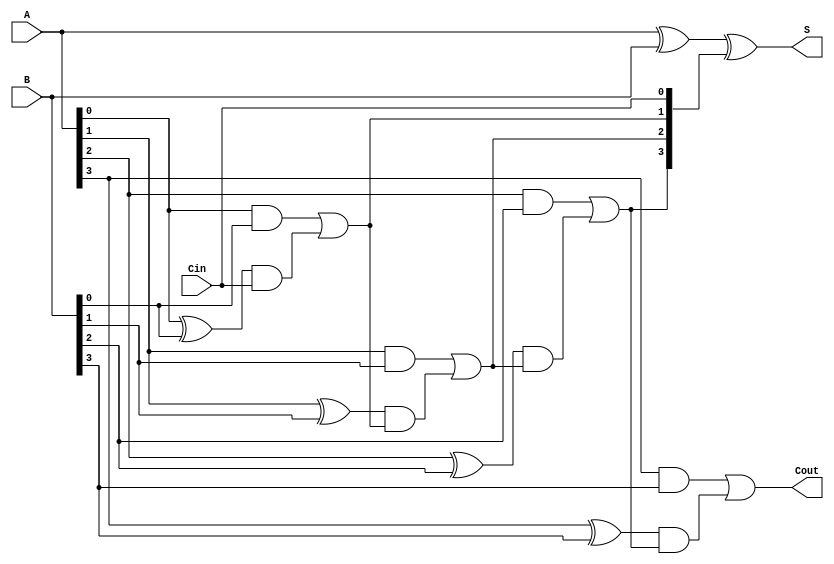
// Code your design here
module CarryLookAheadAdder(
  input [3:0]A, B, 
  input Cin,
  output [3:0] S,
  output Cout
);
  wire [3:0] Ci; 
  
  assign Ci[0] = Cin;
  
  assign Ci[1] = (A[0] & B[0]) | ((A[0]^B[0]) & Ci[0]);
  
  assign Ci[2] = (A[1] & B[1]) | ((A[1]^B[1]) & ((A[0] & B[0]) | ((A[0]^B[0]) & Ci[0])));
  
  assign Ci[3] = (A[2] & B[2]) | ((A[2]^B[2]) & ((A[1] & B[1]) | ((A[1]^B[1]) & ((A[0] & B[0]) | ((A[0]^B[0]) & Ci[0])))));
 
  assign Cout  = (A[3] & B[3]) | ((A[3]^B[3]) & ((A[2] & B[2]) | ((A[2]^B[2]) & ((A[1] & B[1]) | ((A[1]^B[1]) & ((A[0] & B[0]) | ((A[0]^B[0]) & Ci[0])))))));

  assign S = A^B^Ci;
endmodule